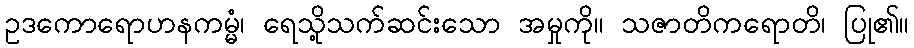
ဥဒကောရောဟနကမ္မံ၊ ရေသို့သက်ဆင်းသော အမှုကို။ သဇာတိကရောတိ၊ ပြု၏။